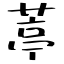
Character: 葶